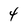
Character: 4